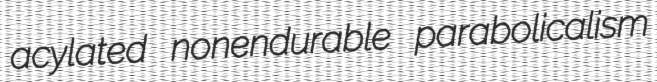
acylated nonendurable parabolicalism